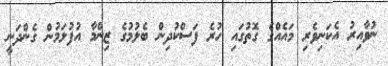
ނުވާއިރު އެކަނިވެރި މައެއްގެ ގޮތުގައި ހުރެ ފަސްކުދިން ބެލުމުގެ ޒިންމާ އުފުލަމުން ގެންދަނީ